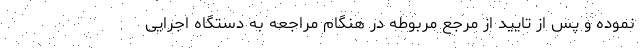
نموده و پس از تایید از مرجع مربوطه در هنگام مراجعه به دستگاه اجرایی